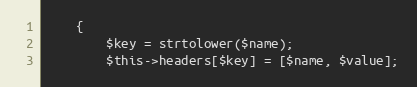
Language: PHP
    {
        $key = strtolower($name);
        $this->headers[$key] = [$name, $value];